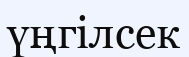
үңгілсек